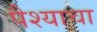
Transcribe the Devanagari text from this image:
पैश्याचा